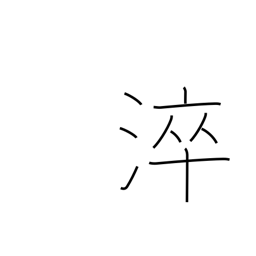
Meaning: quench